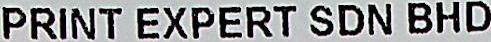
PRINT EXPERT SDN BHD